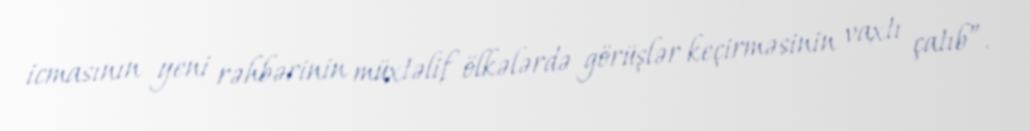
icmasının yeni rəhbərinin müxtəlif ölkələrdə görüşlər keçirməsinin vaxtı çatıb”.